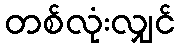
တစ်လုံးလျှင်